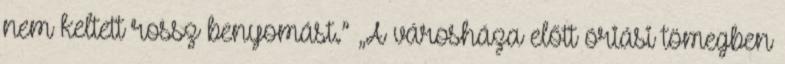
nem keltett rossz benyomást.” „A városháza előtt óriási tömegben